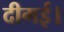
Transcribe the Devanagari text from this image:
दीगई।